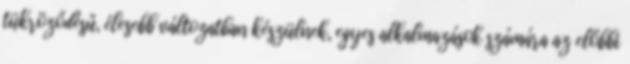
tükröződésű, élesebb változatban készülnek, egyes alkalmazások számára az előbbi